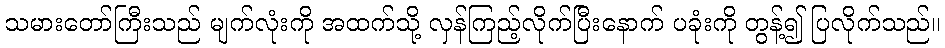
သမားတော်ကြီးသည် မျက်လုံးကို အထက်သို့ လှန်ကြည့်လိုက်ပြီးနောက် ပခုံးကို တွန့်၍ ပြလိုက်သည်။